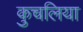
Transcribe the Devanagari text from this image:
कुचलिया